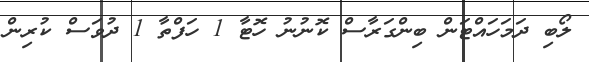
ލޯބި ދަމަހައްޓަން ބިންގަރާސް ކޮނުނު ހޮޓާ 1 ހަފްތާ 1 ދުވަސް ކުރިން